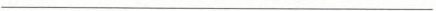
___